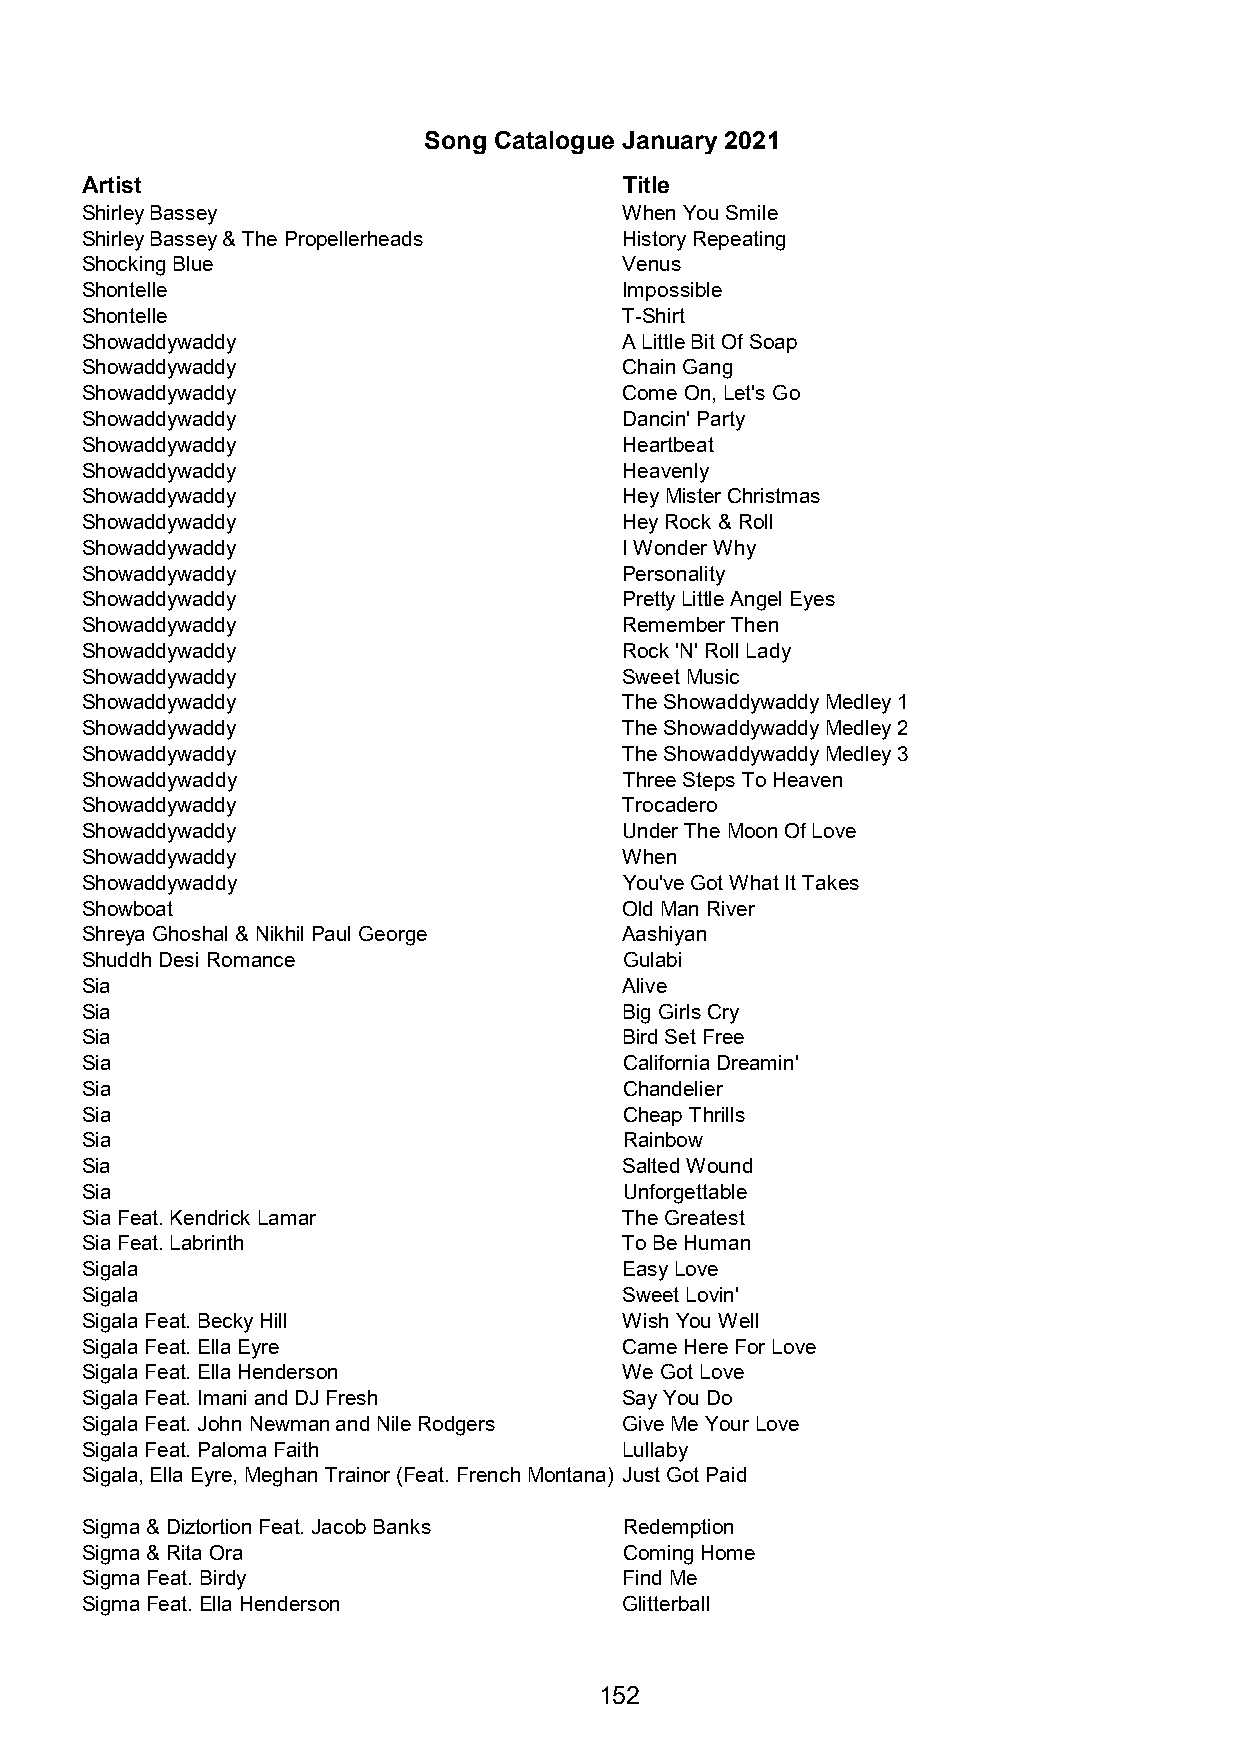
Song Catalogue January 2021
 Artist                              Title
 Shirley Bassey                      When You Smile
 Shirley Bassey & The Propellerheads History Repeating
 Shocking Blue                       Venus
 Shontelle                           Impossible
 Shontelle                           T-Shirt
 Showaddywaddy                       A Little Bit Of Soap
 Showaddywaddy                       Chain Gang
 Showaddywaddy                       Come On, Let's Go
 Showaddywaddy                       Dancin' Party
 Showaddywaddy                       Heartbeat
 Showaddywaddy                       Heavenly
 Showaddywaddy                       Hey Mister Christmas
 Showaddywaddy                       Hey Rock & Roll
 Showaddywaddy                       I Wonder Why
 Showaddywaddy                       Personality
 Showaddywaddy                       Pretty Little Angel Eyes
 Showaddywaddy                       Remember Then
 Showaddywaddy                       Rock 'N' Roll Lady
 Showaddywaddy                       Sweet Music
 Showaddywaddy                       The Showaddywaddy Medley 1
 Showaddywaddy                       The Showaddywaddy Medley 2
 Showaddywaddy                       The Showaddywaddy Medley 3
 Showaddywaddy                       Three Steps To Heaven
 Showaddywaddy                       Trocadero
 Showaddywaddy                       Under The Moon Of Love
 Showaddywaddy                       When
 Showaddywaddy                       You've Got What It Takes
 Showboat                            Old Man River
 Shreya Ghoshal & Nikhil Paul George Aashiyan
 Shuddh Desi Romance                 Gulabi
 Sia                                 Alive
 Sia                                 Big Girls Cry
 Sia                                 Bird Set Free
 Sia                                 California Dreamin'
 Sia                                 Chandelier
 Sia                                 Cheap Thrills
 Sia                                 Rainbow
 Sia                                 Salted Wound
 Sia                                 Unforgettable
 Sia Feat. Kendrick Lamar            The Greatest
 Sia Feat. Labrinth                  To Be Human
 Sigala                              Easy Love
 Sigala                              Sweet Lovin'
 Sigala Feat. Becky Hill             Wish You Well
 Sigala Feat. Ella Eyre              Came Here For Love
 Sigala Feat. Ella Henderson         We Got Love
 Sigala Feat. Imani and DJ Fresh     Say You Do
 Sigala Feat. John Newman and Nile Rodgers Give Me Your Love
 Sigala Feat. Paloma Faith           Lullaby
 Sigala, Ella Eyre, Meghan Trainor (Feat. French Montana) Just Got Paid
 Sigma & Diztortion Feat. Jacob Banks Redemption
 Sigma & Rita Ora                    Coming Home
 Sigma Feat. Birdy                   Find Me
 Sigma Feat. Ella Henderson          Glitterball
 152